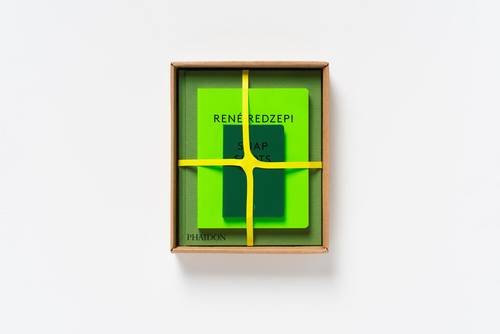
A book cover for RenÃ© Redzepi: A Work in Progress; RenÃ© Redzepi; Cookbooks, Food & Wine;